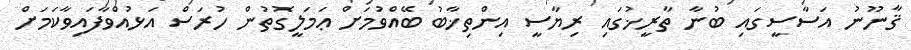
ޤާނޫނު އަސާސީގައި ބުނާ ތާރީޚުގައި ރިޔާސީ އިންތިޚާބު ބޭއްވުމަށް ޢަމަލީގޮތުން ހުރަސް އަޅުއްވާފައިވާކަމަށް